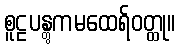
စူဠပန္တွကမထေရ်ဝတ္ထု။